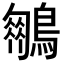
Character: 𪆍